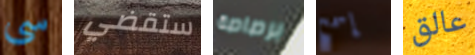
سى ستقضي برصاصة إسمح عالق